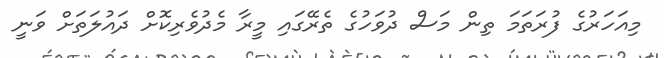
މިއަހަރުގެ ފުރަތަމަ ތިން މަސް ދުވަހުގެ ތެރޭގައި މީރާ މެދުވެރިކޮށް ދައުލަތަށް ވަނީ